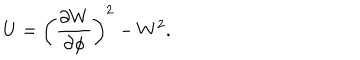
U = \left( \frac { \partial W } { \partial \phi } \right) ^ { 2 } - W ^ { 2 } .